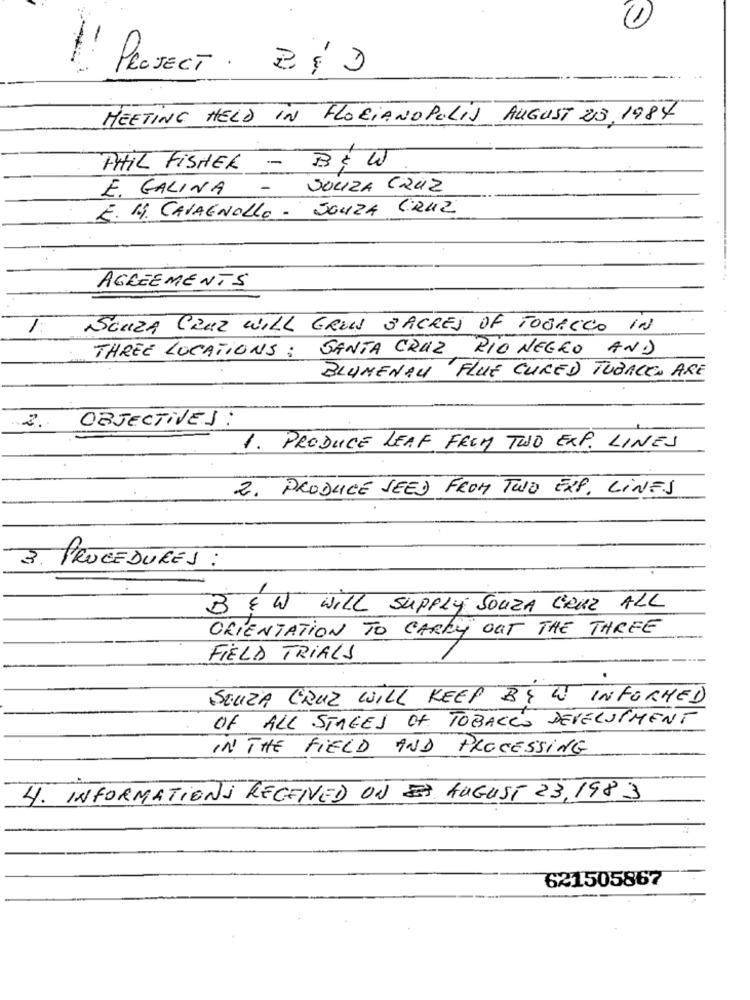
1
l' PROJECT . 2 & 3
MEETING HELD IN FLORIANOPOLIS AUGUST 25. 1984
PHIL FISHER - B& W.
E. GALINA
-
SOLIZA CRUZ
E. M. CALAENOLLO - SOUZA CRUZ
AGREEMENTS
1
SOUZA CRUZ WILL GREN S'ACRES OF TOBACCO IN
THREE LOCATIONS : SANTA CRUZ RIO NEGRO AND
BLUMENAU FLUE CURED TUBALEN ARE
2.
OBJECTIVES :
1. PRODUCE LEAF FREM TWO EXP. LINES
2. PRODUCE SEED FROM TWO EXP. LINES
3. PROCEDURES :
BEW WILL SUPPLY SOUZA CRUZ ALL
ORIENTATION TO CARRY OUT THE THREE
FIELD TRIALS
SOUZA CRUZ WILL KEEP BY W INFORMED
OF ALL STAGES OF TOBACCO DEVELOPMENT
IN THE FIELD AND PROCESSING
4. INFORMATIONS RECEIVED ON AUGUST 23, 1983
621505867